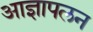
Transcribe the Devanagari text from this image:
आज्ञापलन